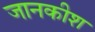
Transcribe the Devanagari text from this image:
जानकीश